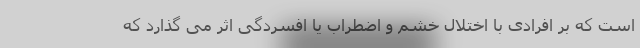
است که بر افرادی با اختلال خشم و اضطراب یا افسردگی اثر می گذارد که